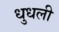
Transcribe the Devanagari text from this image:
धुधली